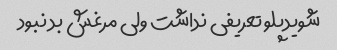
شویدپلو تعریفی نداشت ولی مرغش بد نبود